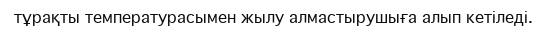
тұрақты температурасымен жылу алмастырушыға алып кетіледі.